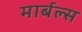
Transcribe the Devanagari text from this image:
मार्बल्स